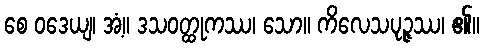
စေ ဝဒေယျ၊ အံ့။ ဒသဝတ္ထုကဿ၊ သော။ ကိလေသပုဉ္ဇဿ၊ ၏။